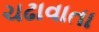
ચઢાવાતા